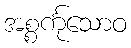
အစ္စင်္ကုသောဝ